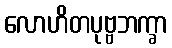
လောဟိတပုဗ္ဗဘက္ခာ